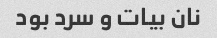
نان بیات و سرد بود